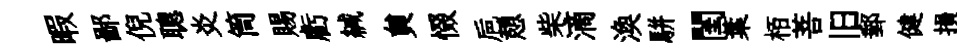
暇鄙倪聰炎筒賜虧緘貟惙巵憩柴滴渙駢閨葉栢菩旧郵健損彿